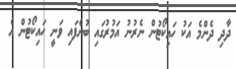
ދާދި ދެންމެ އަކު ހައިކޯޓުން ނެރުނު އަމުރުގައި ބުނެފައި ވަނީ ހައިކޯޓުން އެ